Lunatic asylums Punjab 1881-1894 - 1881-1894
Year: 1881
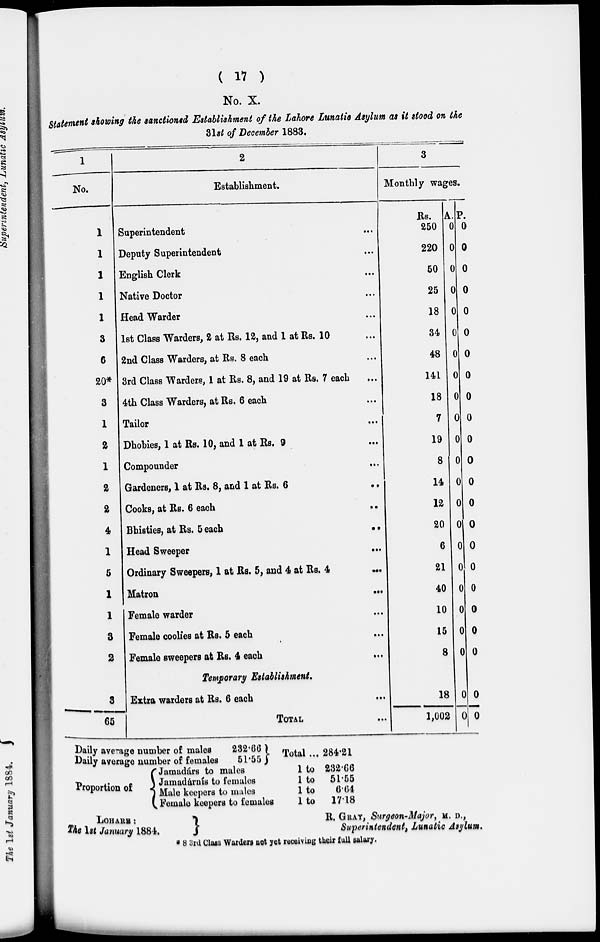
( 11 )
No. X.
Statement showing the sanctioned Establishment of the Lahore Lunatic Asylum as it stood on the
31st of December 1883.
1
No.
1
1
1
1
1
3
6
20*
3
1
2
1
2
2
4
1
5
1
1
3
2
3
65
2
Establishment.
Superintendent ...
Deputy Superintendent ...
English Clerk ...
Native Doctor ...
Head Warder ...
1st Class Warders, 2 at Rs. 12, and 1 at Rs. 10 ...
2nd Class Warders, at Rs. 8 each ...
3rd Class Warders, 1 at Rs. 8, and 19 at Rs. 7 each ...
4th Class Warders, at Rs. 6 each ...
Tailor ...
Dhobies, 1 at Rs. 10, and 1 at Rs. 9 ...
Compounder ...
Gardeners, 1 at Rs. 8, and 1 at Rs. 6
...
Cooks, at Rs. 6 each ...
Bhisties, at Rs. 5 each
..
Head Sweeper
...
Ordinary Sweepers, 1 at Rs. 5, and 4 at Rs. 4
...
Matron
...
Female warder ...
Female coolies at Rs. 5 each ...
Female sweepers at Rs. 4 each ...
Temporary Establishment.
Extra warders at Rs. 6 each ...
TOTAL ...
3
Monthly wages.
Rs.
250
220
50
25
18
34
48
141
18
7
19
8
14
12
20
6
21
40
10
15
8
18
1,002
A.
0
0
0
0
0
0
0
0
0
0
0
0
0
0
0
0
0
0
0
0
0
0
0
P.
0
0
0
0
0
0
0
0
0
0
0
0
0
0
0
0
0
0
0
0
0
0
0
Daily average number of males
Daily average number of females
232.66
51.55
Total ... 284.21
Proportion of
Jamadárs to males
Jamadárnís to females
Male keepers to males
Female keepers to females
1 to
1 to
1 to
1 to
232.66
51.55
6.64
17.18
LOHARE :
The 1st January 1884.
R. GRAY, Surgeon-Major, M. D.,
Superintendent, Lunatic Asylum.
83rd Class Warders not yet receiving their full salary.